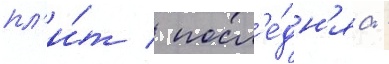
пл'и́т / посл'е́дн'яа -